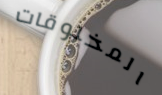
المخلوقات